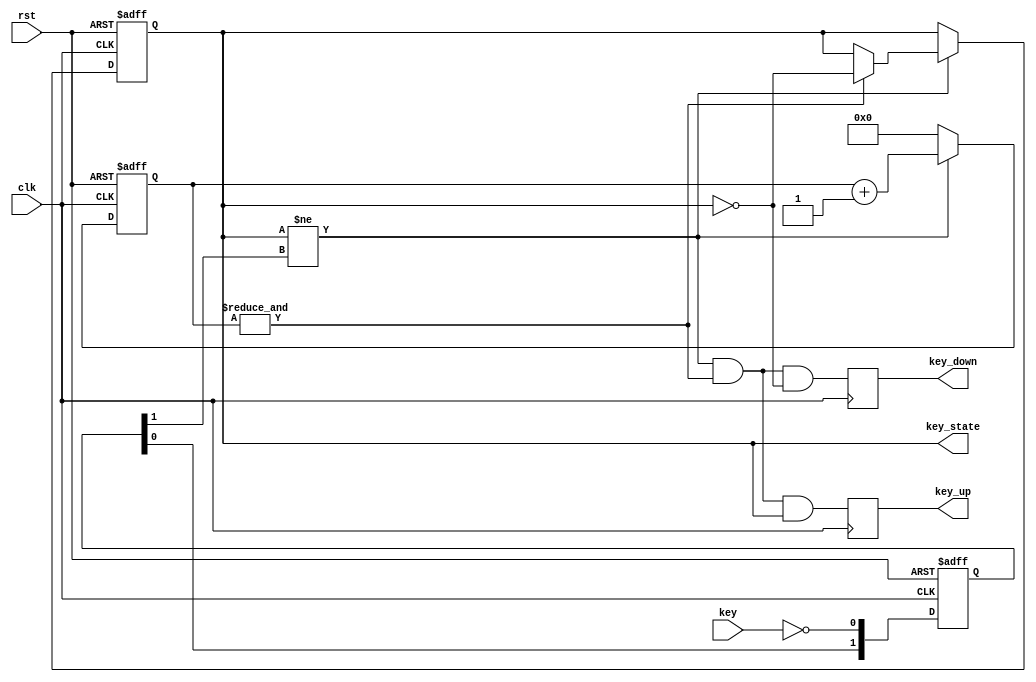
`timescale 1ns / 1ps
//////////////////////////////////////////////////////////////////////////////////
// Company: 
// Engineer: 
// 
// Design Name: 
// Module Name:    button_debouncer 
// Project Name: 
// Target Devices: 
// Tool versions: 
// Description: 
//
// Dependencies: 
//
// Revision: 
// Revision 0.01 - File Created
// Additional Comments: 
//
//////////////////////////////////////////////////////////////////////////////////
module button_debouncer
	#(	parameter CNT = 16)
(
    input clk,
    input rst,
    input key,
    output reg key_state,
    output reg key_down,
    output reg key_up
    );

reg [1:0] key_r;
always@(posedge clk or negedge rst)
	if(!rst)
		key_r <= 2'b00;
	else
		key_r <= {key_r[0], ~key};
		
reg [CNT-1:0] count;

wire key_change = (key_state != key_r[1]);
wire count_max = &count;

always @(posedge clk or negedge rst)
	if(!rst)
		begin
			count <= 0;
			key_state <= 0;
		end
	else if(key_change)
		begin
			count <= count + 1'b1;
			if(count_max)
				key_state <= ~key_state;
		end
	else
		count <= 0;
		
always @(posedge clk)
	begin
		key_down <= key_change & count_max & ~key_state;
		key_up <= key_change & count_max & key_state;
	end

endmodule